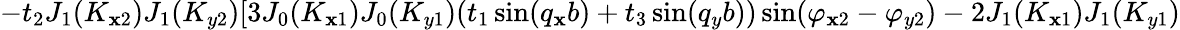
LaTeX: -t_{2}J_{1}(K_{\mathbf{x}2})J_{1}(K_{y2})[3J_{0}(K_{\mathbf{x}1})J_{0}(K_{y1})(t_{1}\sin(q_{\mathbf{x}}b)+t_{3}\sin(q_{y}b))\sin(\varphi_{\mathbf{x}2}-\varphi_{y2})-2J_{1}(K_{\mathbf{x}1})J_{1}(K_{y1})